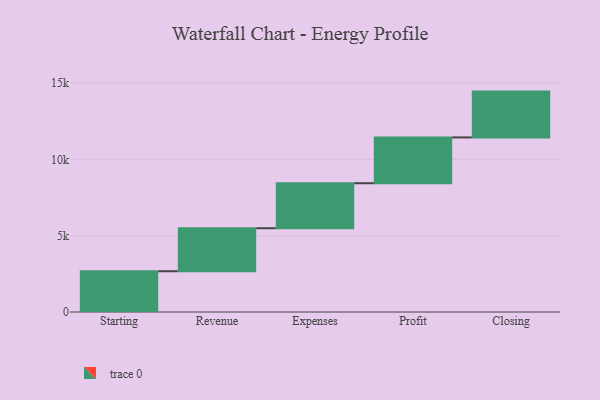
{"axis": {"x": "Step", "y": "Value"}, "legend": [""], "data": [{"x": "Starting", "y": 2670.0, "type": ""}, {"x": "Revenue", "y": 2816.0, "type": ""}, {"x": "Expenses", "y": 2948.0, "type": ""}, {"x": "Profit", "y": 3000, "type": ""}, {"x": "Closing", "y": 3000, "type": ""}]}